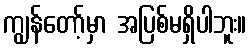
ကျွန်တော့်မှာ အပြစ်မရှိပါဘူး။